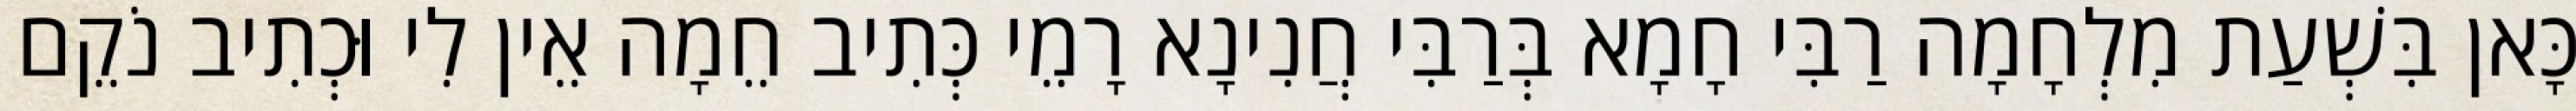
כָּאן בִּשְׁעַת מִלְחָמָה רַבִּי חָמָא בְּרַבִּי חֲנִינָא רָמֵי כְּתִיב חֵמָה אֵין לִי וּכְתִיב נֹקֵם